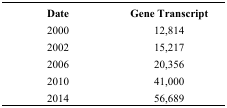
<table><thead><tr><td><b>Date</b></td><td><b>Gene Transcript</b></td></tr></thead><tbody><tr><td>2000</td><td>12,814</td></tr><tr><td>2002</td><td>15,217</td></tr><tr><td>2006</td><td>20,356</td></tr><tr><td>2010</td><td>41,000</td></tr><tr><td>2014</td><td>56,689</td></tr></tbody></table>